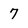
Character: 7